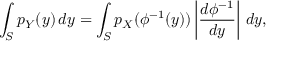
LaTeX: \int _ { S } p _ { Y } ( y ) \, d y = \int _ { S } p _ { X } ( \phi ^ { - 1 } ( y ) ) \left| { \frac { d \phi ^ { - 1 } } { d y } } \right| \, d y ,